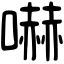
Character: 嚇